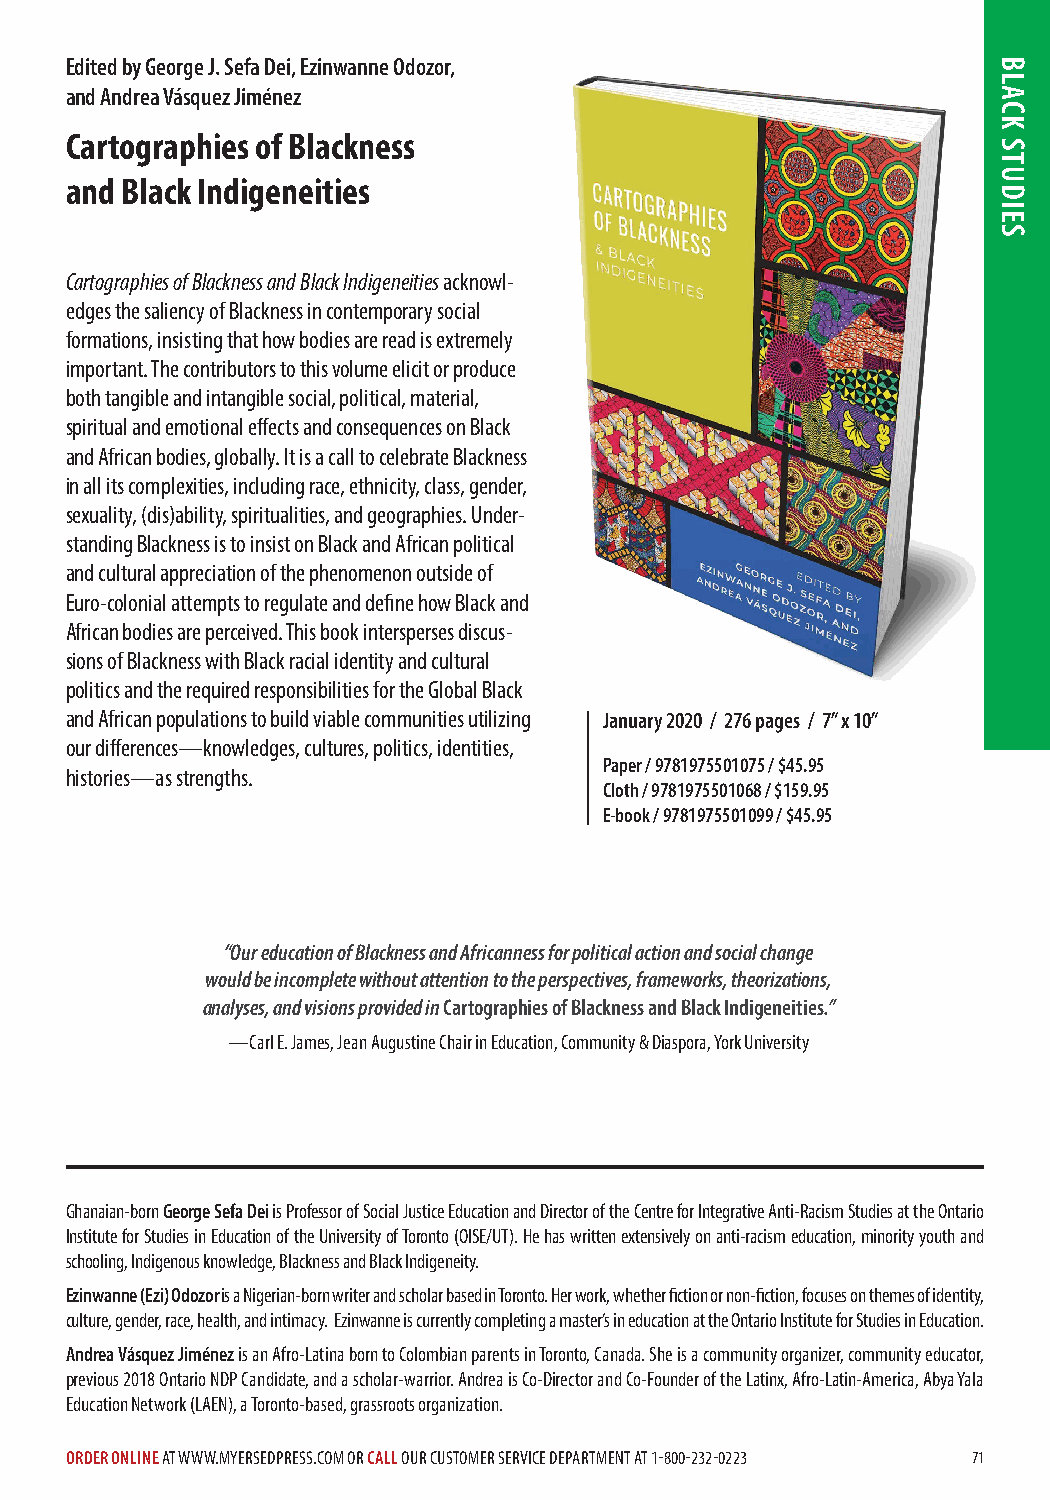
Edited by George J. Sefa Dei, Ezinwanne Odozor,
 and Andrea Vásquez Jiménez
 Cartographies of Blackness
 and Black Indigeneities
 Cartographies of Blackness and Black Indigeneities acknowl-
 edges the saliency of Blackness in contemporary social
 formations, insisting that how bodies are read is extremely
 important. The contributors to this volume elicit or produce
 both tangible and intangible social, political, material,
 spiritual and emotional effects and consequences on Black
 and African bodies, globally. It is a call to celebrate Blackness
 in all its complexities, including race, ethnicity, class, gender,
 sexuality, (dis)ability, spiritualities, and geographies. Under-
 standing Blackness is to insist on Black and African political
 and cultural appreciation of the phenomenon outside of
 Euro-colonial attempts to regulate and define how Black and
 African bodies are perceived. This book intersperses discus-
 sions of Blackness with Black racial identity and cultural
 politics and the required responsibilities for the Global Black
 and African populations to build viable communities utilizing January 2020 / 276 pages / 7” x 10”
 our differences—knowledges, cultures, politics, identities,
 Paper / 9781975501075 / $45.95
 histories—as strengths.
 Cloth / 9781975501068 / $159.95
 E-book / 9781975501099 / $45.95
 “Our education of Blackness and Africanness for political action and social change
 would be incomplete without attention to the perspectives, frameworks, theorizations,
 analyses, and visions provided in Cartographies of Blackness and Black Indigeneities.”
 —Carl E. James, Jean Augustine Chair in Education, Community & Diaspora, York University
 Ghanaian-born George Sefa Dei is Professor of Social Justice Education and Director of the Centre for Integrative Anti-Racism Studies at the Ontario
 Institute for Studies in Education of the University of Toronto (OISE/UT). He has written extensively on anti-racism education, minority youth and
 schooling, Indigenous knowledge, Blackness and Black Indigeneity.
 Ezinwanne (Ezi) Odozor is a Nigerian-born writer and scholar based in Toronto. Her work, whether fiction or non-fiction, focuses on themes of identity,
 culture, gender, race, health, and intimacy. Ezinwanne is currently completing a master’s in education at the Ontario Institute for Studies in Education.
 Andrea Vásquez Jiménez is an Afro-Latina born to Colombian parents in Toronto, Canada. She is a community organizer, community educator,
 previous 2018 Ontario NDP Candidate, and a scholar-warrior. Andrea is Co-Director and Co-Founder of the Latinx, Afro-Latin-America, Abya Yala
 Education Network (LAEN), a Toronto-based, grassroots organization.
 ORDER ONLINE AT WWW.MYERSEDPRESS.COM OR CALL OUR CUSTOMER SERVICE DEPARTMENT AT 1-800-232-0223 71
 BLACK
 STUDIES